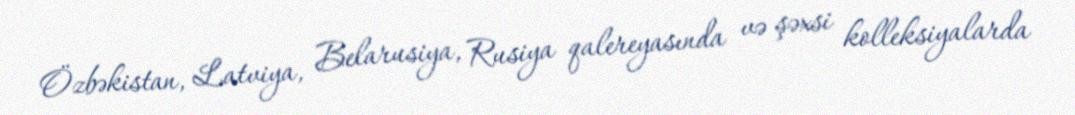
Özbəkistan, Latviya, Belarusiya, Rusiya qalereyasında və şəxsi kolleksiyalarda